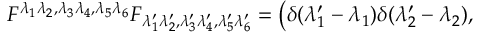
F ^ { \lambda _ { 1 } \lambda _ { 2 } , \lambda _ { 3 } \lambda _ { 4 } , \lambda _ { 5 } \lambda _ { 6 } } F _ { \lambda _ { 1 } ^ { \prime } \lambda _ { 2 } ^ { \prime } , \lambda _ { 3 } ^ { \prime } \lambda _ { 4 } ^ { \prime } , \lambda _ { 5 } ^ { \prime } \lambda _ { 6 } ^ { \prime } } = \left( \delta ( \lambda _ { 1 } ^ { \prime } - \lambda _ { 1 } ) \delta ( \lambda _ { 2 } ^ { \prime } - \lambda _ { 2 } ) , \right.